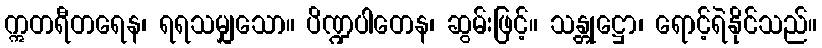
ဣတရီတရေန၊ ရရသမျှသော။ ပိဏ္ဍပါတေန၊ ဆွမ်းဖြင့်။ သန္တုဋ္ဌော၊ ရောင့်ရဲနိုင်သည်။